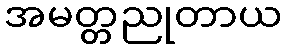
အမတ္တညုတာယ